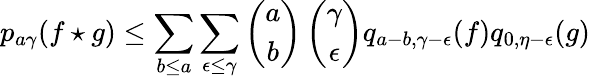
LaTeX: p_{a\gamma}(f\star g)\leq\sum_{b\leq a}\sum_{\epsilon\leq\gamma}\left(\begin{array}{c}{{a}}\\ {{b}}\end{array}\right)\left(\begin{array}{c}{{\gamma}}\\ {{\epsilon}}\end{array}\right)q_{a-b,\gamma-\epsilon}(f)q_{0,\eta-\epsilon}(g)